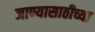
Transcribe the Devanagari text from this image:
जाण्यासाठीच्या